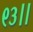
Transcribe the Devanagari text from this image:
९३।।